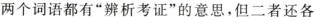
两个词语都有”辨析考证”的意思，但二者还各